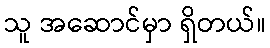
သူ အဆောင်မှာ ရှိတယ်။